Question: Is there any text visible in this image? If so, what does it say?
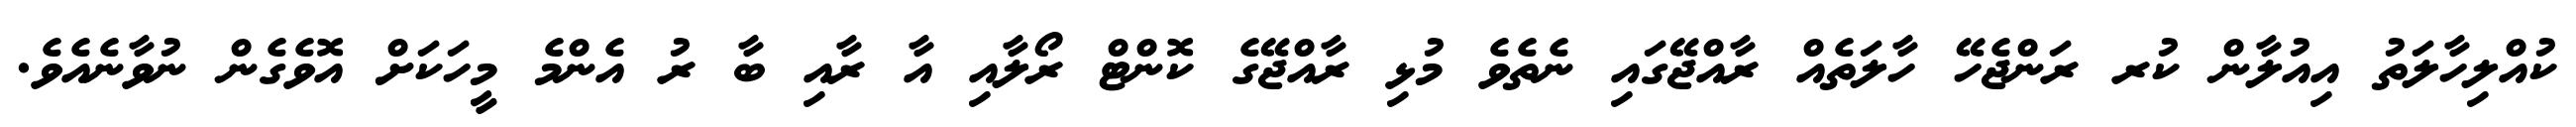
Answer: ކުއްލިހާލަތު އިއުލާން ކުރ ރަންޖެހޭ ހާލަތެއް ރާއްޖޭގައި ނެތެވެ މުޅި ރާއްޖޭގެ ކޮންޓް ރޯލާއި އާ ރާއި ބާ ރު އެންމެ މީހަކަށް އޮވެގެން ނުވާނެއެވެ.